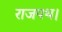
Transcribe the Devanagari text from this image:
राजपथ।